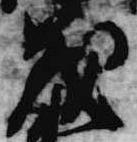
義